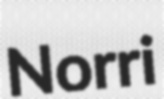
Norri